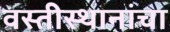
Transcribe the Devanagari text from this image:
वस्तीस्थानांचा